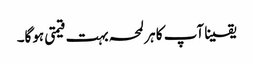
یقینا آپ کا ہر لمحہ بہت قیمتی ہوگا۔